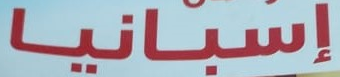
إسبانيا